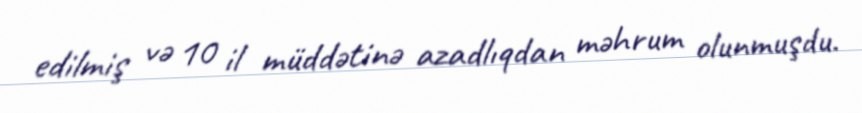
edilmiş və 10 il müddətinə azadlıqdan məhrum olunmuşdu.